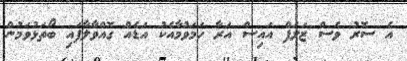
އެ ސޮރު ވެސް ޒަލަފް އައިސް އަރާ ހަމަވުމާއެކު އަޑެއް ގޮއްވާލާފައި ބޯތަޅުވަމުން